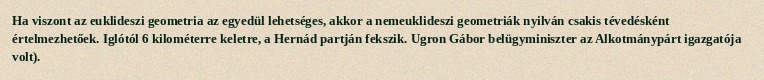
Ha viszont az euklideszi geometria az egyedül lehetséges, akkor a nemeuklideszi geometriák nyilván csakis tévedésként értelmezhetőek. Iglótól 6 kilométerre keletre, a Hernád partján fekszik. Ugron Gábor belügyminiszter az Alkotmánypárt igazgatója volt).